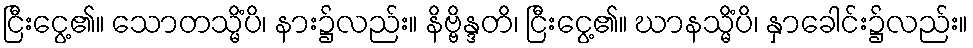
ငြီးငွေ့၏။ သောတသ္မိံပိ၊ နား၌လည်း။ နိဗ္ဗိန္ဒတိ၊ ငြီးငွေ့၏။ ဃာနသ္မိံပိ၊ နှာခေါင်း၌လည်း။